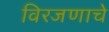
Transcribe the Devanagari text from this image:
विरजणाचे